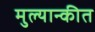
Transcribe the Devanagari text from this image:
मुल्यान्कीत